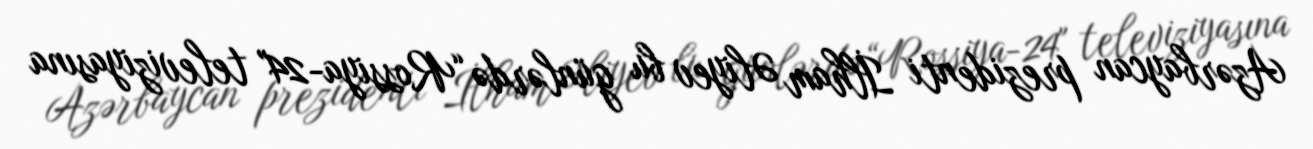
Azərbaycan prezidenti İlham Əliyev bu günlərdə “Rossiya-24" televiziyasına